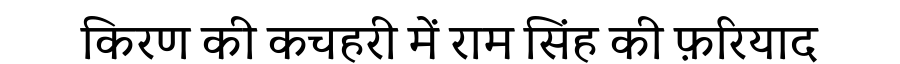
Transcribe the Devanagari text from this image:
किरण की कचहरी में राम सिंह की फ़रियाद